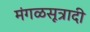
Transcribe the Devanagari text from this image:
मंगळसूत्रादी